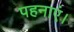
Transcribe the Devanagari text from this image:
पहनाएं।